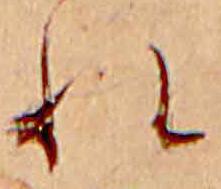
れ